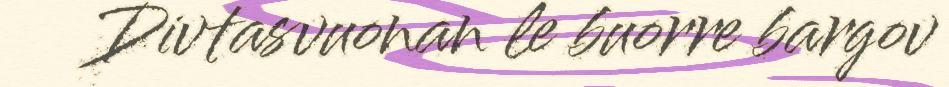
Divtasvuonan le buorre bargov